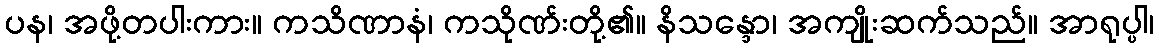
ပန၊ အဖို့တပါးကား။ ကသိဏာနံ၊ ကသိုဏ်းတို့၏။ နိသန္ဒော၊ အကျိုးဆက်သည်။ အာရုပ္ပါ၊